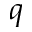
q